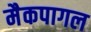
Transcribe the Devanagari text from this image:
मैकपागल